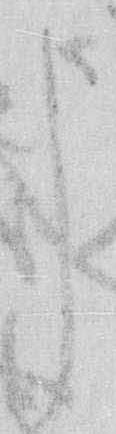
申